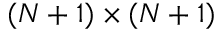
( { N } + 1 ) \times ( { N } + 1 )